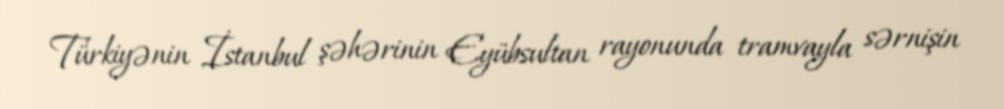
Türkiyənin İstanbul şəhərinin Eyübsultan rayonunda tramvayla sərnişin